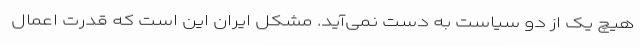
هیچ یک از دو سیاست به دست نمی‌آید. مشکل ایران این است که قدرت اعمال